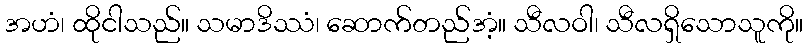
အဟံ၊ ထိုငါသည်။ သမာဒိဿံ၊ ဆောက်တည်အံ့။ သီလဝါ၊ သီလရှိသောသူကို။